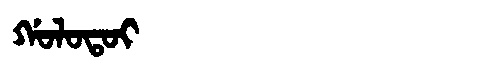
Manchu: ᡤᠣᠯᠣᡨᠣᡳ
Romanization: GOLOTOI